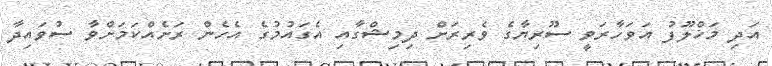
އަދި މަޚްލޫފު އަވަހާރަވީ ސޫރިޔާގެ ވެރިރަށް ދިމިޝްގާއި އެގައުމުގެ އެހެން ރަށެއްކަމަށްވާ ސުވައިދާ